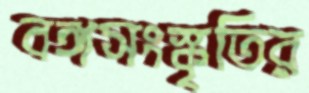
বঙ্গসংস্কৃতির